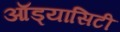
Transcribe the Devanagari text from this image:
ऑड्यासिटी